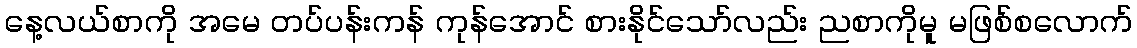
နေ့လယ်စာကို အမေ တပ်ပန်းကန် ကုန်အောင် စားနိုင်သော်လည်း ညစာကိုမူ မဖြစ်စလောက်